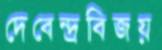
দেবেন্দ্রবিজয়